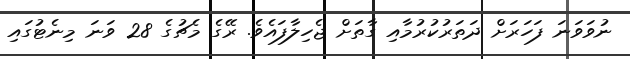
ނުވަވަނަ ފަހަރަށް ދަތަރުކުރުމާއި ގާތަށް ޖެހިލާފައެވެ. ރޭގެ މެޗުގެ 28 ވަނަ މިނެޓުގައި